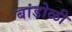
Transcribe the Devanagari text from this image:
बांडोळी